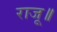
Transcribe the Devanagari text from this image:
राजू॥